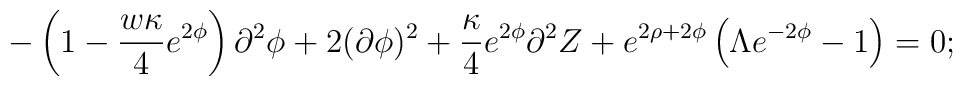
- \left( 1 - \frac{  w \kappa }{4} e^{2\phi} \right) \partial^2 \phi + 2(\partial \phi)^2 + \frac{ \kappa }{4} e^{2\phi} \partial^2 Z +e^{2\rho+2\phi} \left( \Lambda e^{-2\phi} - 1 \right) = 0;